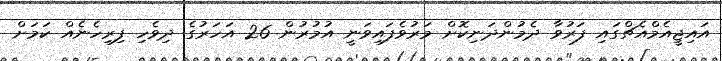
އައިޖީއެމްއެޗްގައި ފަރުވާ ދެމުންދަނިކޮށް މަރުވެފައިވަނީ އުމުރުން 26 އަހަރުގެ ދިވެހި ފިރިހެނެއް ކަމަށް